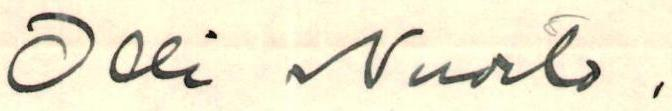
Olli Nuorto ,